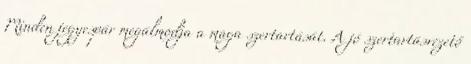
Minden jegyespár megálmodja a maga szertartását. A jó szertartásvezető